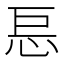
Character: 𰑋